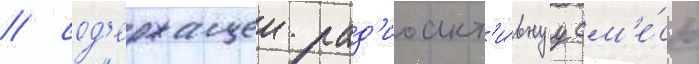
/ сод'ержащеи рад'иоакт'и́внуу см'е́сь